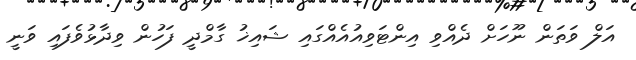
އަލް ވަތަން ނޫހަށް ދެއްވި އިންޓަވިއުއެއްގައި ޝައިޚު ގާމްދީ ފަހުން ވިދާޅުވެފައި ވަނީ